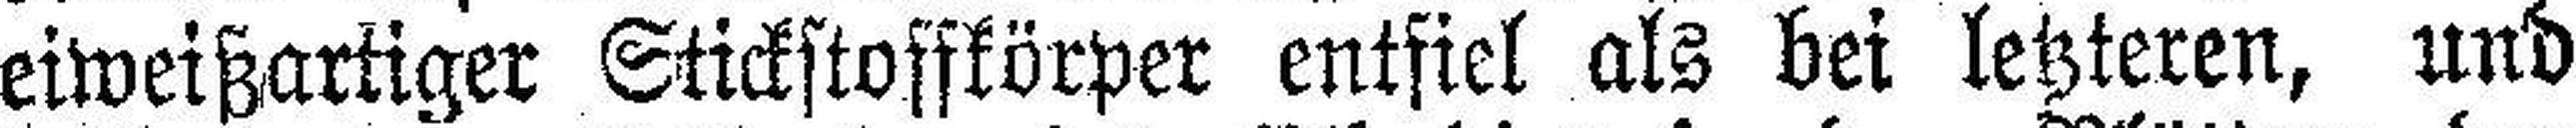
eiweißartiger Stickstoffkörper entfiel als bei letzteren, und